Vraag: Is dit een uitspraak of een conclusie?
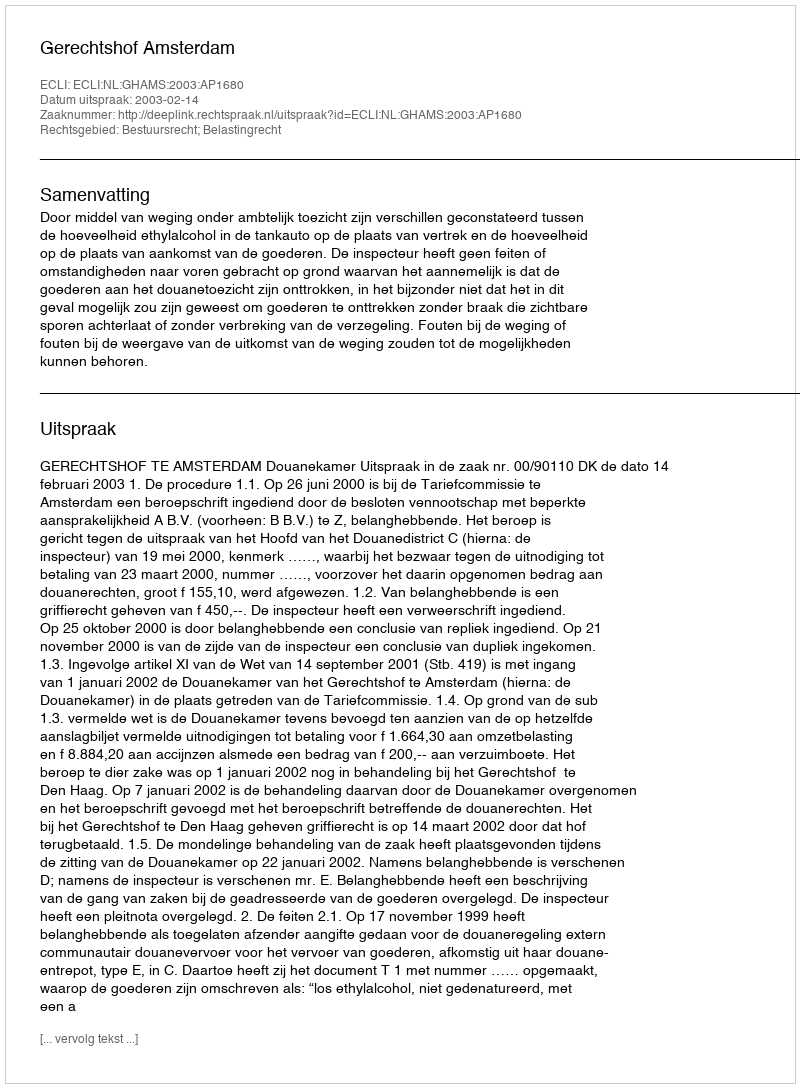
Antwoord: Uitspraak